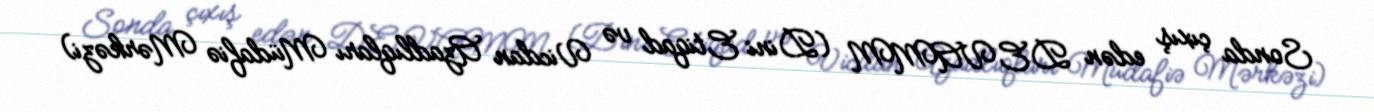
Sonda çıxış edən DEVAMM (Dini Etiqad və Vicdan Azadlıqları Müdafiə Mərkəzi)